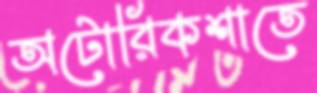
অটোরিকশাতে